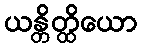
ယန္တိတ္ထိယော